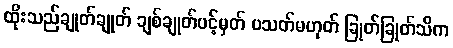
ထိုးသည်ချုတ်ချုတ် ချစ်ချုတ်ပင့်မှတ် ပသတ်မဟုတ် ခြုတ်ခြုတ်သိက